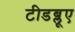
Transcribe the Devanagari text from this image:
टीडब्लूए